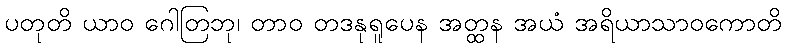
ပတုတိ ယာဝ ဂေါတြဘု၊ တာဝ တဒနုရူပေန အတ္ထန အယံ အရိယာသာဝကောတိ